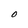
Character: 0